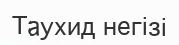
Таухид негізі